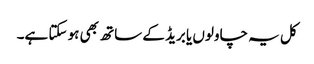
کل یہ چاولوں یا بریڈ کے ساتھ بھی ہو سکتا ہے۔